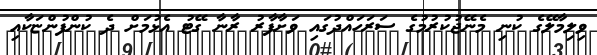
ވިލިމާލޭގެ ކުނި މެނޭޖުކުރުމުގެ ސަރަހައްދުގައި ވަށާފާރު ރާނާ ގޭޓު އެޅުމަށް ދެ ކުންފުންޏަކާއި